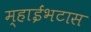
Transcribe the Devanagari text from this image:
म्हाईंभटास